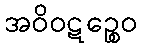
အဝိဝဋဉ္စေဝ